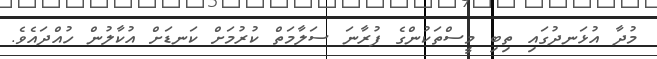
މުދާ އުޅަނދުގައި ތިބި މީސްތަކުންގެ ފުރާނަ ސަލާމަތް ކުރުމަށް ކަނޑަށް އުކާލުން ހުއްދައެވެ.